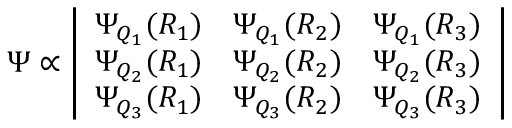
\Psi \propto \left| \begin{array} { c c c } { \Psi _ { Q _ { 1 } } ( R _ { 1 } ) } & { \Psi _ { Q _ { 1 } } ( R _ { 2 } ) } & { \Psi _ { Q _ { 1 } } ( R _ { 3 } ) } \\ { \Psi _ { Q _ { 2 } } ( R _ { 1 } ) } & { \Psi _ { Q _ { 2 } } ( R _ { 2 } ) } & { \Psi _ { Q _ { 2 } } ( R _ { 3 } ) } \\ { \Psi _ { Q _ { 3 } } ( R _ { 1 } ) } & { \Psi _ { Q _ { 3 } } ( R _ { 2 } ) } & { \Psi _ { Q _ { 3 } } ( R _ { 3 } ) } \end{array} \right|